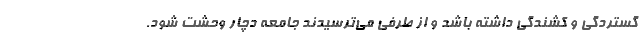
گستردگی و کشندگی داشته باشد و از طرفی می‌ترسیدند جامعه دچار وحشت شود.